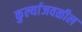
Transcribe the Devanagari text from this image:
कुर्ल्याजवळील